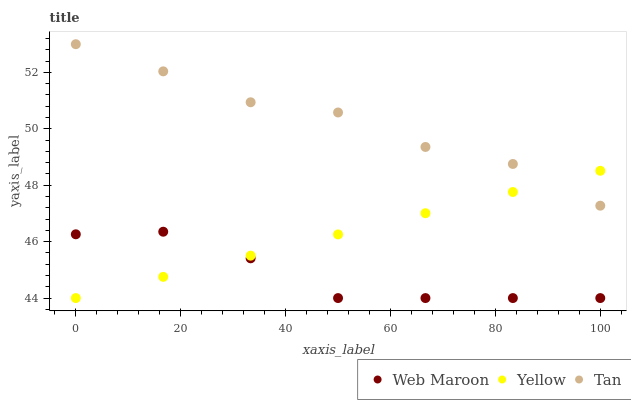
| xaxis_label | Web Maroon | Yellow | Tan |
 | --- | --- | --- | --- |
 | 0 | 46.3 | 44 | 53 |
 | 16.7 | 46.4 | 44.8 | 52 |
 | 33.3 | 45.4 | 45.5 | 50.9 |
 | 50 | 44 | 46.3 | 50.6 |
 | 66.7 | 44 | 47 | 49.4 |
 | 83.3 | 44 | 47.8 | 48.8 |
 | 100 | 44 | 48.5 | 47.3 |